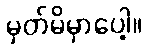
မှတ်မိမှာပေါ့။